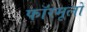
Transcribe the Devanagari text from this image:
फॉरमूलों